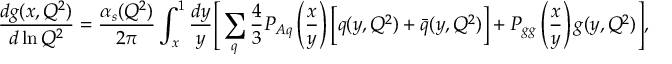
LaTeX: \frac { d g ( x , Q ^ { 2 } ) } { d \ln Q ^ { 2 } } = { \frac { \alpha _ { s } ( Q ^ { 2 } ) } { 2 \pi } } \int _ { x } ^ { 1 } \frac { d y } { y } \Bigg [ \sum _ { q } { \frac { 4 } { 3 } } P _ { A q } \left( \frac { x } { y } \right) \Big [ q ( y , Q ^ { 2 } ) + \bar { q } ( y , Q ^ { 2 } ) \Big ] + P _ { g g } \left( \frac { x } { y } \right) g ( y , Q ^ { 2 } ) \Bigg ] ,